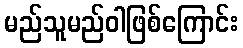
မည်သူမည်ဝါဖြစ်ကြောင်း